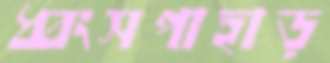
ধ্বংসপাহাড়